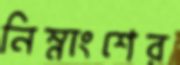
নিম্নাংশের